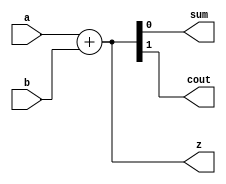
module half_adder(input a,b, output
sum,cout,output [1:0]z);assign z=a+b;
assign sum=z[0]; assign
cout=z[1];
endmodule
module full_adder(input a,b,cin,output sum,cout,output [1:0]z);assign z=a+b+cin;
assign sum=z[0]; assign
cout=z[1];
endmodule
module two_bit_adder(input [1:0]a,b, output[1:0]sum,output
cout,output[2:0]z);wire x1;
half_adder u0(a[0],b[0],sum[0],x1);
full_adder u1(a[1],b[1],x1,sum[1],cout);assign
z={cout,sum[1],sum[0]}; endmodule
module three_bit_adder(input [2:0]a,b, output[2:0]sum,output
cout,output[3:0]z);wire x1,x2;
half_adder u0(a[0],b[0],sum[0],x1);
full_adder u1(a[1],b[1],x1,sum[1],x2);
full_adder u2 (a[2],b[2],x2,sum[2],cout);
assign z={cout,sum[2],sum[1],sum[0]};
endmodule
module four_bit_adder(input [3:0]a,b, output[3:0]sum,output
cout,output [4:0]z);
wire x1,x2,x3;
half_adder u0(a[0],b[0],sum[0],x1);
full_adder u1(a[1],b[1],x1,sum[1],x2);
full_adder u2 (a[2],b[2],x2,sum[2],x3);
full_adder u3 (a[3],b[3],x3,sum[3],cout);
assign z={cout,sum[3],sum[2],sum[1],sum[0]};endmodule
module five_bit_adder(input [4:0]a,b,
output[4:0]sum,output cout,output [5:0]z);wire x1,x2,x3,x4;
half_adder u0(a[0],b[0],sum[0],x1);
full_adder u1(a[1],b[1],x1,sum[1],x2);
full_adder u2 (a[2],b[2],x2,sum[2],x3);
full_adder u3 (a[3],b[3],x3,sum[3],x4);
full_adder u4(a[4],b[4],x4,sum[4],cout);
assign z={cout,sum[4],sum[3],sum[2],sum[1],sum[0]};endmodule
module six_bit_adder(input [5:0]a,b,
output[5:0]sum,output cout,output [6:0]z);wire
x1,x2,x3,x4,x5;
half_adder u0(a[0],b[0],sum[0],x1);
full_adder u1(a[1],b[1],x1,sum[1],x2);
full_adder u2 (a[2],b[2],x2,sum[2],x3);
full_adder u3 (a[3],b[3],x3,sum[3],x4);
full_adder u4 (a[4],b[4],x4,sum[4],x5);
full_adder u5 (a[5],b[5],x5,sum[5],cout);
assign z={cout,sum[5],sum[4],sum[3],sum[2],sum[1],sum[0]};endmodule
module ones_counter(input [63:0]in,output [6:0] y,output onehot,onecold);
wire [63:0] in2;wire[47:0]in3;wire[31:0]in4;wire[19:0]in5;wire [11:0]in6;
half_adder k0[31:0] (.a(in[63:32]),.b(in[31:0]),.z(in2));
two_bit_adder k1[15:0](.a(in2[63:32]),.b(in2[31:0]),.z(in3));
three_bit_adder k2[7:0](.a(in3[47:24]),.b(in3[23:0]),.z(in4));
four_bit_adder k3[3:0] (.a(in4[31:16]),.b(in4[15:0]),.z(in5));
five_bit_adder k4 [1:0](.a(in5[19:10]),.b(in5[9:0]),.z(in6));
six_bit_adder k5(.a(in6[11:6]),.b(in6[5:0]),.z(y));
assign onehot=y==1?1:0; assign
onecold=y==63?1:0;endmodule